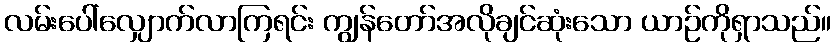
လမ်းပေါ်လျှောက်လာကြရင်း ကျွန်တော်အလိုချင်ဆုံးသော ယာဉ်ကိုရှာသည်။